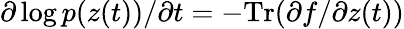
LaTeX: \partial\log p(z(t))/\partial t=-\mathrm{Tr}(\partial f/\partial z(t))